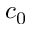
c _ { 0 }